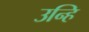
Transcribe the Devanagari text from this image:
उन्हि